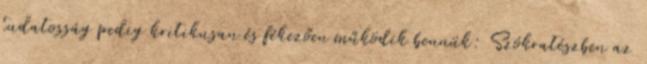
tudatosság pedig kritikusan és fékezően működik bennük: Szókratészben az